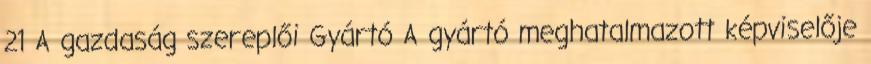
21 A gazdaság szereplői Gyártó A gyártó meghatalmazott képviselője